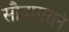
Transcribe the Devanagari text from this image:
सौदागराने